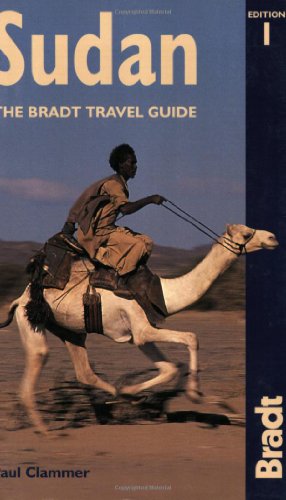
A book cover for Sudan: The Bradt Travel Guide; Paul Clammer; Travel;